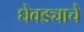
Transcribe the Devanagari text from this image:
घेवड्याचे